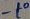
Text: -to